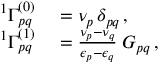
\begin{array} { r l } { { ^ { 1 } \Gamma _ { p q } ^ { ( 0 ) } } } & { { } = \nu _ { p } \, \delta _ { p q } \, , } \\ { { ^ { 1 } \Gamma _ { p q } ^ { ( 1 ) } } } & { { } = \frac { \nu _ { p } - \nu _ { q } } { \epsilon _ { p } - \epsilon _ { q } } \; G _ { p q } \, , } \end{array}